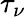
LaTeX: \tau_{\nu}